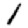
Digit: 1